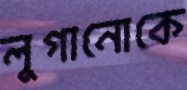
লুগানোকে